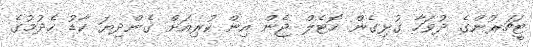
ޓީޗަރުންގެ ދުވަހާ ގުޅިގެން ހޮޓެލް ޖެން އިން ކުރިއަށް ގެންދިޔަ ކާޑު ހެދުމުގެ